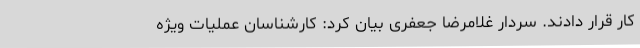
کار قرار دادند. سردار غلامرضا جعفری بیان کرد: کارشناسان عملیات ویژه